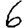
Digit: 6